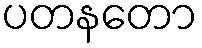
ပတနတော